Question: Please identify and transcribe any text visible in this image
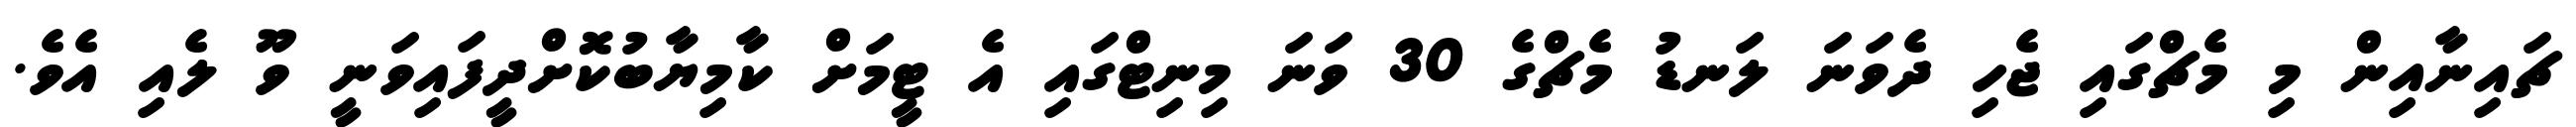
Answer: ޗައިނާއިން މި މެޗްގައި ޖެހި ދެވަނަ ލަނޑު މެޗްގެ 30 ވަނަ މިނިޓްގައި އެ ޓީމަށް ކާމިޔާބުކޮށްދީފައިވަނީ ވޫ ލެއި އެވެ.